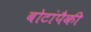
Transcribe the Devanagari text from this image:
बोटांपैकी